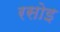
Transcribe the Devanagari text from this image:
रसोइ